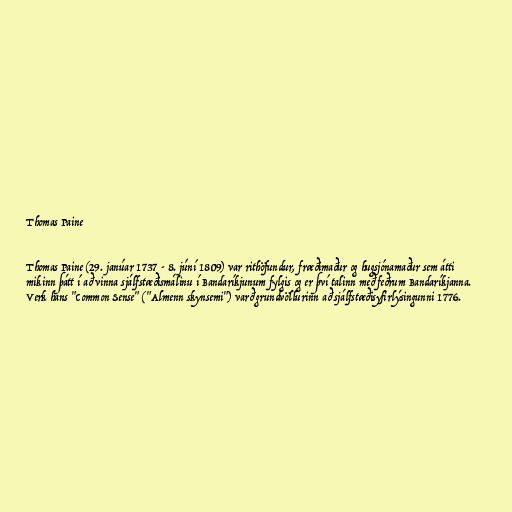
Thomas Paine

Thomas Paine (29. janúar 1737 - 8. júní 1809) var rithöfundur, fræðimaður og hugsjónamaður sem átti
mikinn þátt í að vinna sjálfstæðismálinu í Bandaríkjunum fylgis og er því talinn með feðrum Bandaríkjanna.
Verk hans "Common Sense" ("Almenn skynsemi") varð grundvöllurinn að sjálfstæðisyfirlýsingunni 1776.